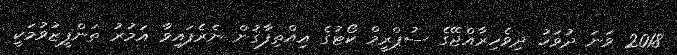
2018 ވަނަ ދުވަހު ދިވެހިރާއްޖޭގެ ސުޕްރީމް ކޯޓުގެ އިއްތިފާޤުން ނެރެފައިވާ އަމުރު ތަންފީޒުވުމަކީ